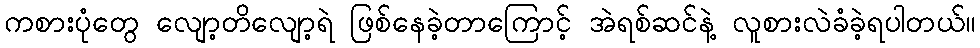
ကစားပုံတွေ လျော့တိလျော့ရဲ ဖြစ်နေခဲ့တာကြောင့် အဲရစ်ဆင်နဲ့ လူစားလဲခံခဲ့ရပါတယ်။